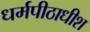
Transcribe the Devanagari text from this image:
धर्मपीठाधीश